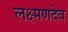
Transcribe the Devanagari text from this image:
लक्ष्‍मणदेव